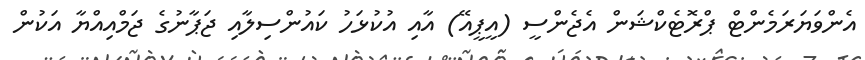
އެންވަޔަރަމެންޓް ޕްރޮޓެކްޝަން އެޖެންސީ (އީޕީއޭ) އާއި އުކުޅަހު ކައުންސިލާއި ޖަޕާނުގެ ޖަމްއިއްޔާ އަކުން